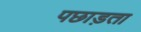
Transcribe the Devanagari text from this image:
पछाड़ता